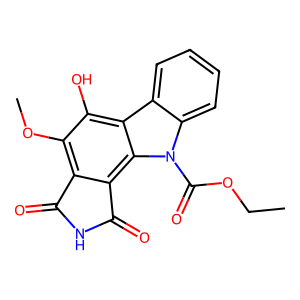
SMILES: CCOC(=O)n1c2ccccc2c2c(O)c(OC)c3c(c21)C(=O)NC3=O
Inhibits HIV replication: No